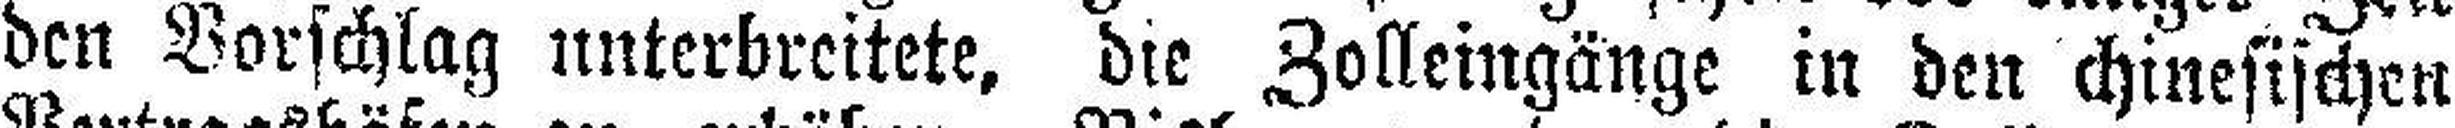
den Vorschlag unterbreitete, die Zolleingänge in den chinesischen